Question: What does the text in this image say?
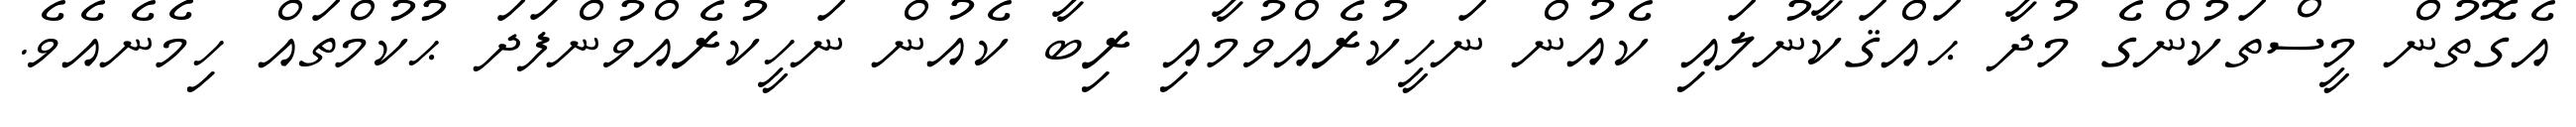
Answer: އެގޮތުން މީސްތަކުންގެ މުދާ ޙައްޤަކާނުލައި ކެއުން ނަހީކުރެއްވުމާއި ރިބާ ކެއުން ނަހީކުރެއްވުންފަދަ ޙުކުމްތައް ހިމެނެއެވެ.